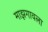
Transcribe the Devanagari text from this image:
माझगावला